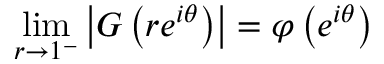
\operatorname* { l i m } _ { r \to 1 ^ { - } } \left| G \left( r e ^ { i \theta } \right) \right| = \varphi \left( e ^ { i \theta } \right)